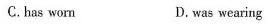
C.has worn D.was wearing